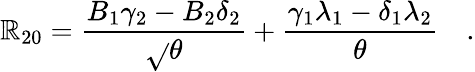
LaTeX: \mathbb{R}_{20}={\frac{{B_{1}\gamma_{2}-B_{2}\delta_{2}}}{{\sqrt{}{{\theta}}}}}+{\frac{{\gamma_{1}\lambda_{1}-\delta_{1}\lambda_{2}}}{{\theta}}}\quad.